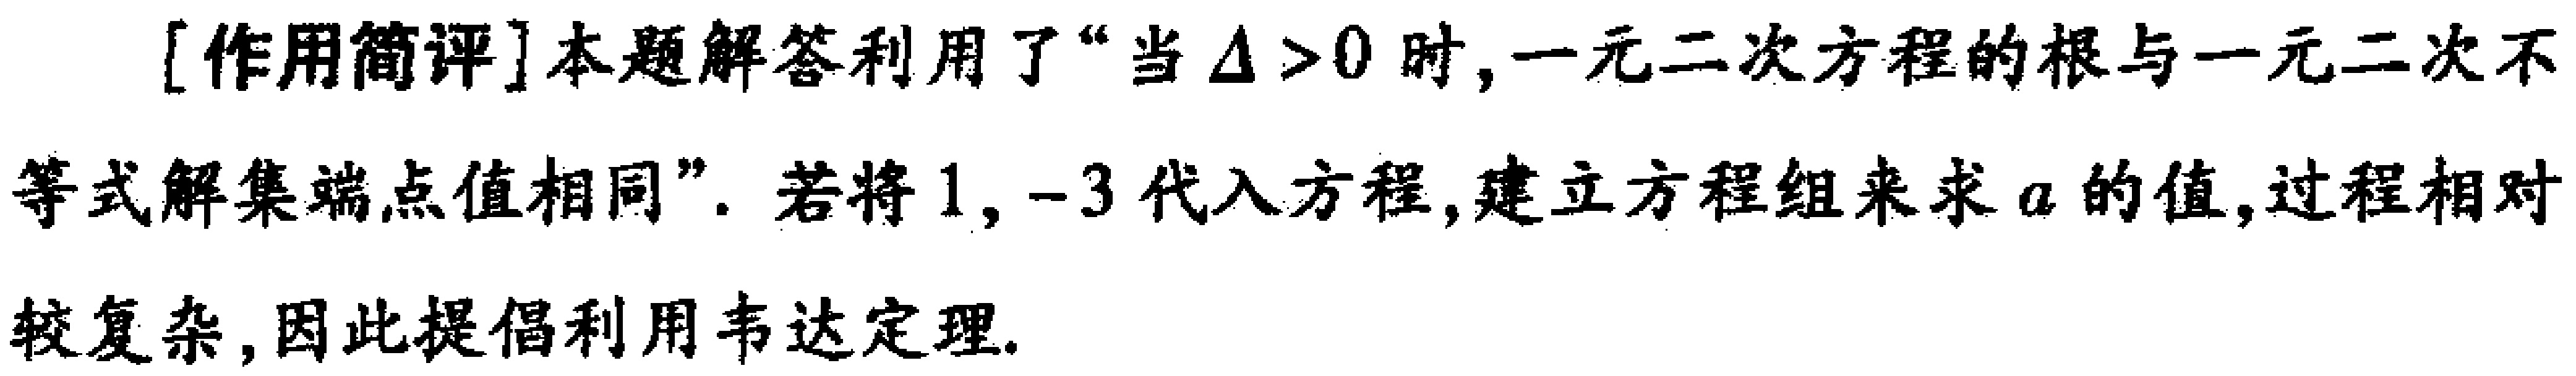
[作用简评]本题解答利用了“当\(\Delta > 0\)时,一元二次方程的根与一元二次不等式解集端点值相同”. 若将\(1, - 3\)代入方程,建立方程组来求\(a\)的值,过程相对较复杂,因此提倡利用韦达定理.